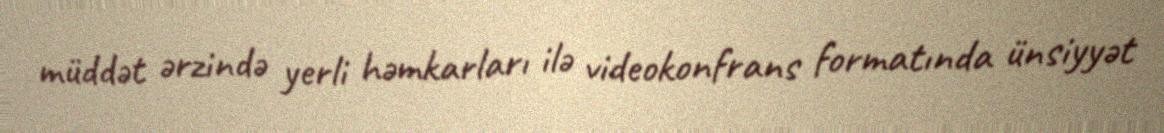
müddət ərzində yerli həmkarları ilə videokonfrans formatında ünsiyyət